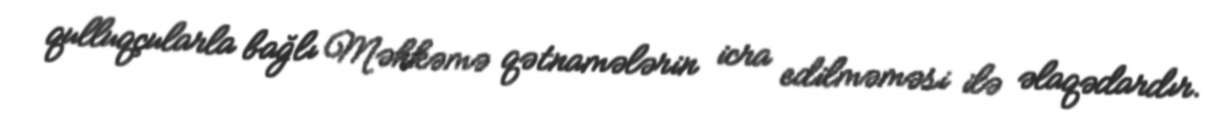
qulluqçularla bağlı Məhkəmə qətnamələrin icra edilməməsi ilə əlaqədardır.